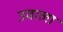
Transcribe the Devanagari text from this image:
उवाला